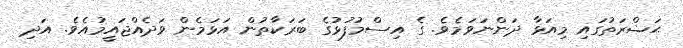
ޙަޟްރަތުގައި މިއަޅާ ދަންނަވަމެވެ. ގެ އިސްމުފުޅުގެ ބަރަކާތުން އަޅަމެން ވަދެއްޖައީމުއެވެ. އަދި